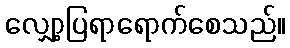
လျှော့ပြရာရောက်စေသည်။